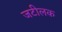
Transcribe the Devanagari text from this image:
जटीलक